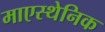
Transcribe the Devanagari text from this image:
माएस्थेनिक